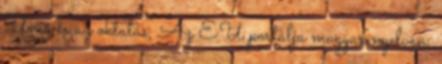
Unió és az oktatás, Az EU portálja magyar nyelven,